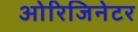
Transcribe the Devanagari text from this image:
ओरिजिनेटर